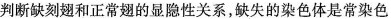
判断缺刻翅和正常翅的显隐性关系，缺失的染色体是常染色